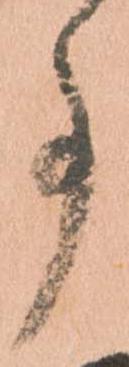
事